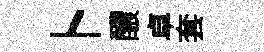
卜醲卓套